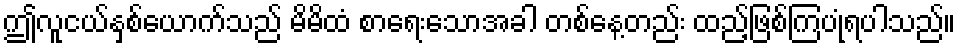
ဤလူငယ်နှစ်ယောက်သည် မိမိထံ စာရေးသောအခါ တစ်နေ့တည်း ထည့်ဖြစ်ကြပုံရပါသည်။